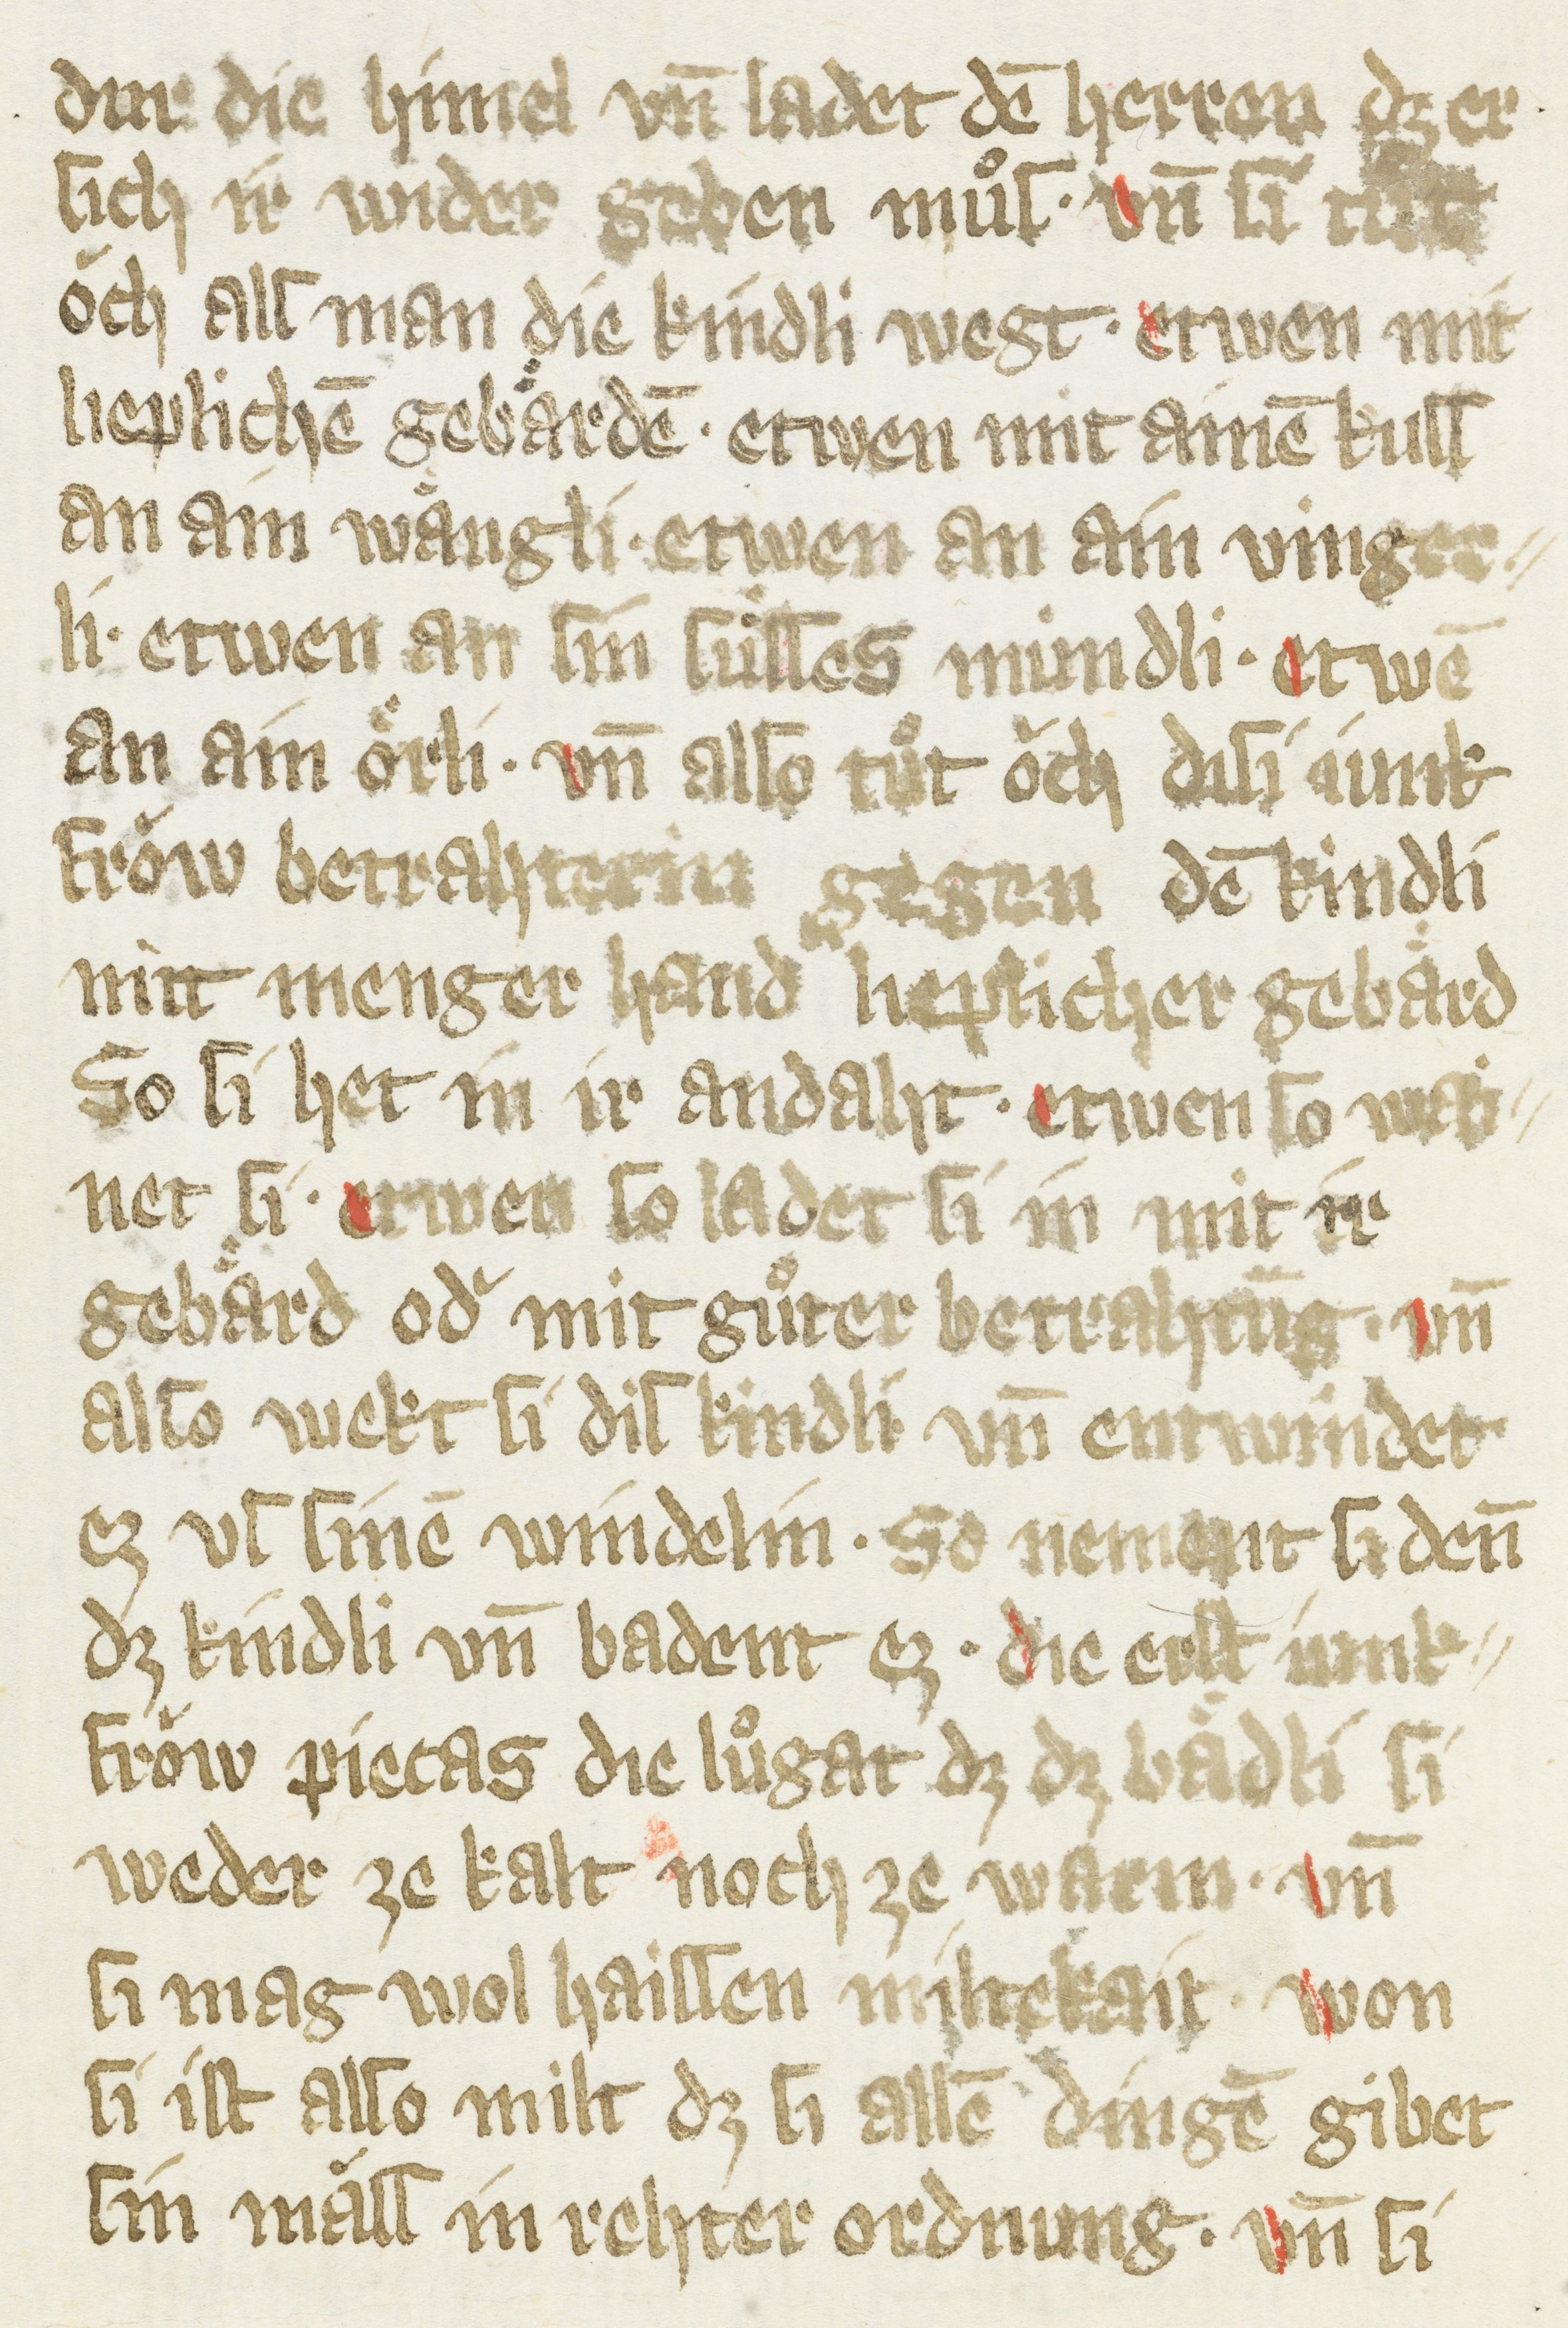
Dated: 1385–1415